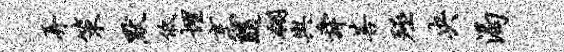
弄策默低埋烹随翎舆舜菩殛央渴